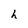
Character: h